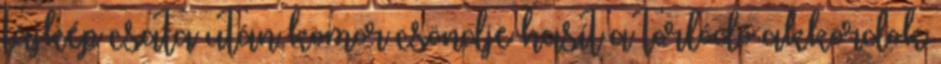
tájkép csata után komor csöndje hasít a torlódó akkordok